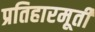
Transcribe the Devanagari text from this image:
प्रतिहारमूर्ती